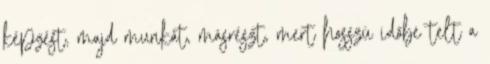
képzést, majd munkát, másrészt, mert hosszú időbe telt a